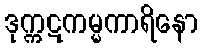
ဒုက္ကဋကမ္မကာရိနော